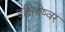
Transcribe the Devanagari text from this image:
दक्षिणेष्वर